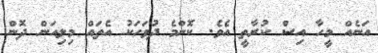
އަނެއް މީހާ އިސް ކުރާތީ އެވެ. ކޮންމެ ދުވަހަކު އެތައް މިލިއަން ދޮން